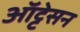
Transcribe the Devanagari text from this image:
ऑट्टेसन